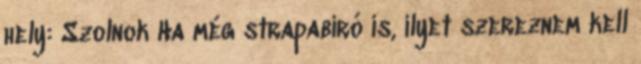
hely: Szolnok Ha még strapabíró is, ilyet szereznem kell